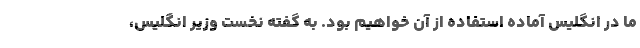
ما در انگلیس آماده استفاده از آن خواهیم بود. به گفته نخست وزیر انگلیس،